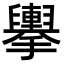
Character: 𢹏